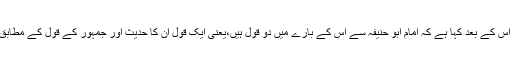
انہوں نے اس کے بعد کہا ہے کہ امام ابو حنیفہؒ سے اس کے بارے میں دو قول ہیں،یعنی ایک قول ان کا حدیث اور جمہور کے قول کے مطابق بھی ہے۔